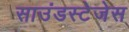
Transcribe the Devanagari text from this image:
साउंडस्टेजेस